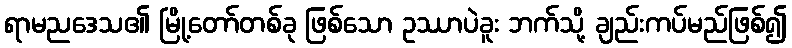
ရာမညဒေသ၏ မြို့တော်တစ်ခု ဖြစ်သော ဥဿာပဲခူး ဘက်သို့ ချည်းကပ်မည်ဖြစ်၍